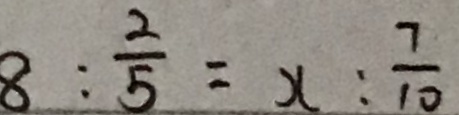
8 : \frac { 2 } { 5 } = x : \frac { 7 } { 1 0 }